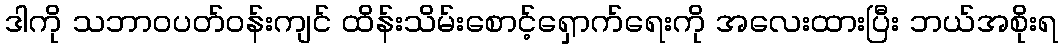
ဒါကို သဘာဝပတ်ဝန်းကျင် ထိန်းသိမ်းစောင့်ရှောက်ရေးကို အလေးထားပြီး ဘယ်အစိုးရ